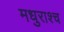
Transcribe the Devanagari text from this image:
मधुराश्च